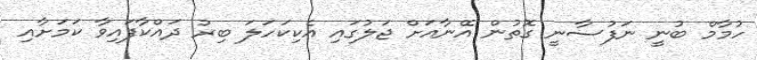
ހުމާމް ބުނީ ނަފުސާނީ ގޮތުން އޭނާއަށް ޖަލުގައި އެކިކަހަލަ ބިރު ދައްކާފައިވާ ކަމަށާއި